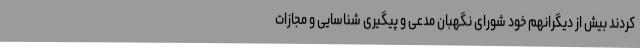
‌کردند بیش از دیگرانهم خود شورای نگهبان مدعی و پیگیری شناسایی و مجازات